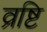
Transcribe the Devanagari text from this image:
व्रष्टि